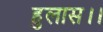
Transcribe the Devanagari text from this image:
हुलास।।